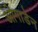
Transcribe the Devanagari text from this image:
ओगाडेन